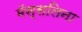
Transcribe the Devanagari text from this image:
मॅस्सलिना